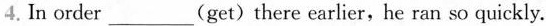
4. In order_(get)there earlier,he ran so quickly.